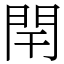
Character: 閈